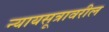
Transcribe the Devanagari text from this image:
न्यायसूत्रावरील